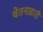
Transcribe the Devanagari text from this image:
चेतनाहारी